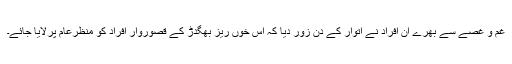
غم و غصے سے بھرے ان افراد نے اتوار کے دن زور دیا کہ اس خوں ریز بھگدڑ کے قصوروار افراد کو منظرعام پرلایا جائے۔